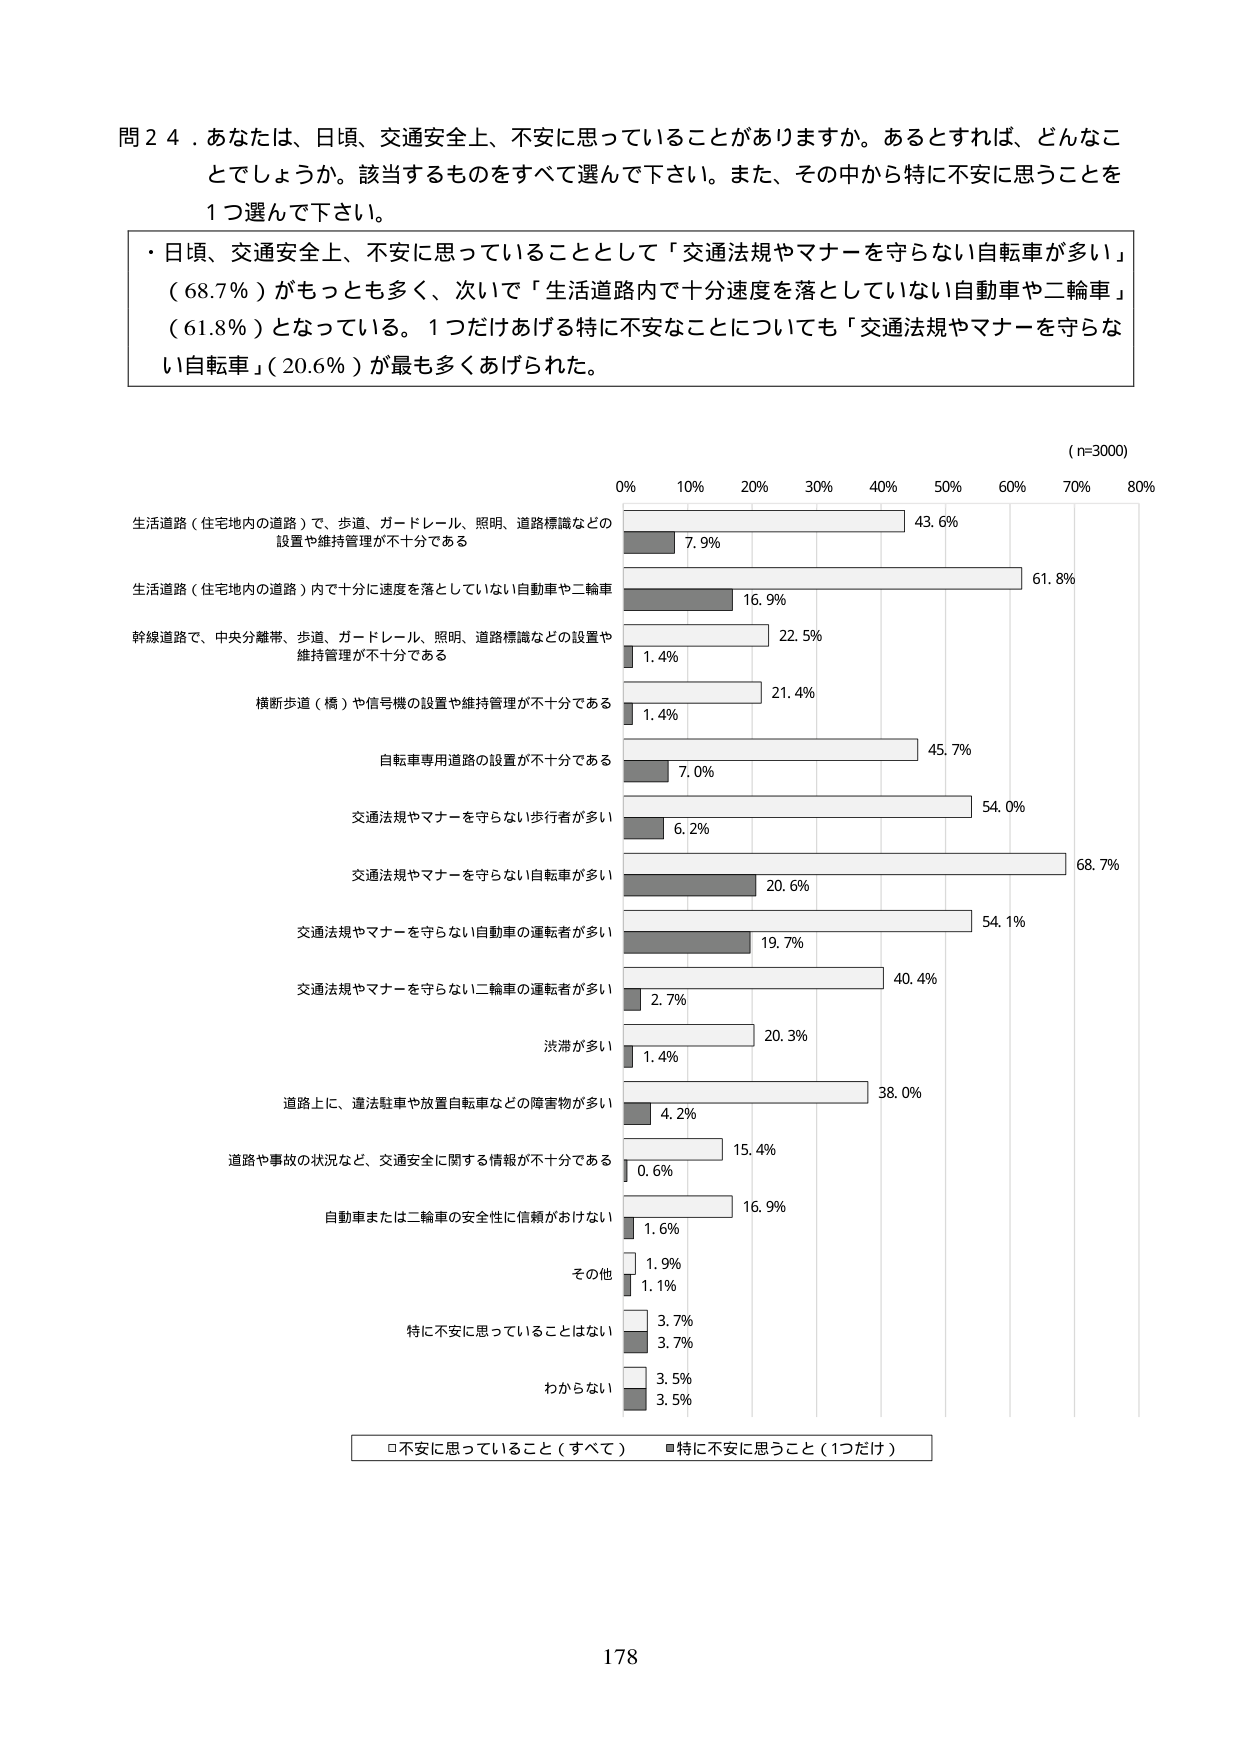
問２４．あなたは、日頃、交通安全上、不安に思っていることがありますか。あるとすれば、どんなことでしょうか。該当するものをすべて選んで下さい。また、その中から特に不安に思うことを１つ選んで下さい。

・日頃、交通安全上、不安に思っていることとして「交通法規やマナーを守らない自転車が多い」（68.7％）がもっとも多く、次いで「生活道路内で十分速度を落としていない自動車や二輪車」（61.8％）となっている。１つだけあげる特に不安なことについても「交通法規やマナーを守らない自転車」（20.6％）が最も多くあげられた。

（n=3000）

生活道路（住宅地内の道路）で、歩道、ガードレール、照明、道路標識などの設置や維持管理が不十分である
7.9% 43.6%

生活道路（住宅地内の道路）内で十分に速度を落としていない自動車や二輪車
16.9% 61.8%

幹線道路で、中央分離帯、歩道、ガードレール、照明、道路標識などの設置や維持管理が不十分である
1.4% 22.5%

横断歩道（橋）や信号機の設置や維持管理が不十分である
1.4% 21.4%

自転車専用道路の設置が不十分である
7.0% 45.7%

交通法規やマナーを守らない歩行者が多い
6.2% 54.0%

交通法規やマナーを守らない自転車が多い
20.6% 68.7%

交通法規やマナーを守らない自動車の運転者が多い
19.7% 54.1%

交通法規やマナーを守らない二輪車の運転者が多い
2.7% 40.4%

渋滞が多い
1.4% 20.3%

道路上に、違法駐車や放置自転車などの障害物が多い
4.2% 38.0%

道路や事故の状況など、交通安全に関する情報が不十分である
0.6% 15.4%

自動車または二輪車の安全性に信頼がおけない
1.6% 16.9%

その他
1.9% 1.1%

特に不安に思っていることはない
3.7% 3.7%

わからない
3.5% 3.5%

□不安に思っていること（すべて） ■特に不安に思うこと（1つだけ）

178